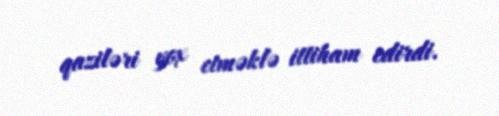
qaziləri yox etməklə ittiham edirdi.